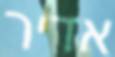
אדיר